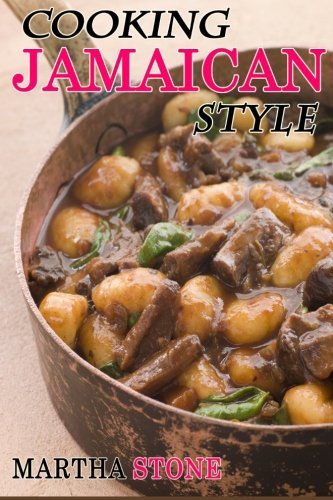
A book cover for Cooking Jamaican Style: 25 Slow Cooker to Table Delicious Recipes; Martha Stone; Cookbooks, Food & Wine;